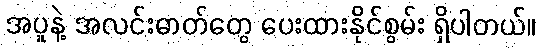
အပူနဲ့ အလင်းဓာတ်တွေ ပေးထားနိုင်စွမ်း ရှိပါတယ်။